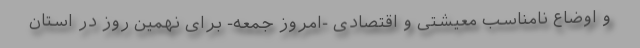
و اوضاع نامناسب معیشتی و اقتصادی -امروز جمعه- برای نهمین روز در استان